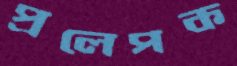
প্রলেপক